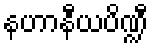
နဟာနီယပိဏ္ဍီ